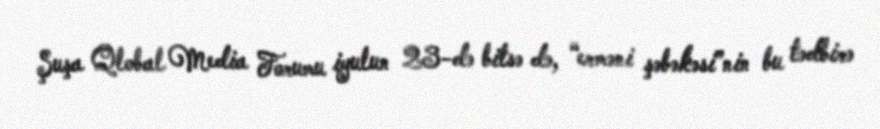
Şuşa Qlobal Media Forumu iyulun 23-də bitsə də, “erməni şəbəkəsi”nin bu tədbirə